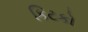
કિટકો